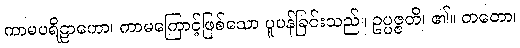
ကာမပရိဠာဟော၊ ကာမကြောင့်ဖြစ်သော ပူပန်ခြင်းသည်။ ဥပ္ပဇ္ဇတိ၊ ၏။ တတော၊